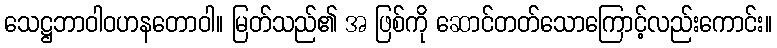
သေဋ္ဌဘာဝါဝဟနတောဝါ။ မြတ်သည်၏ အ ဖြစ်ကို ဆောင်တတ်သောကြောင့်လည်းကောင်း။